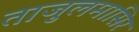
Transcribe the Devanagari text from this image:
ताजुलमासिर